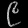
Digit: ၉